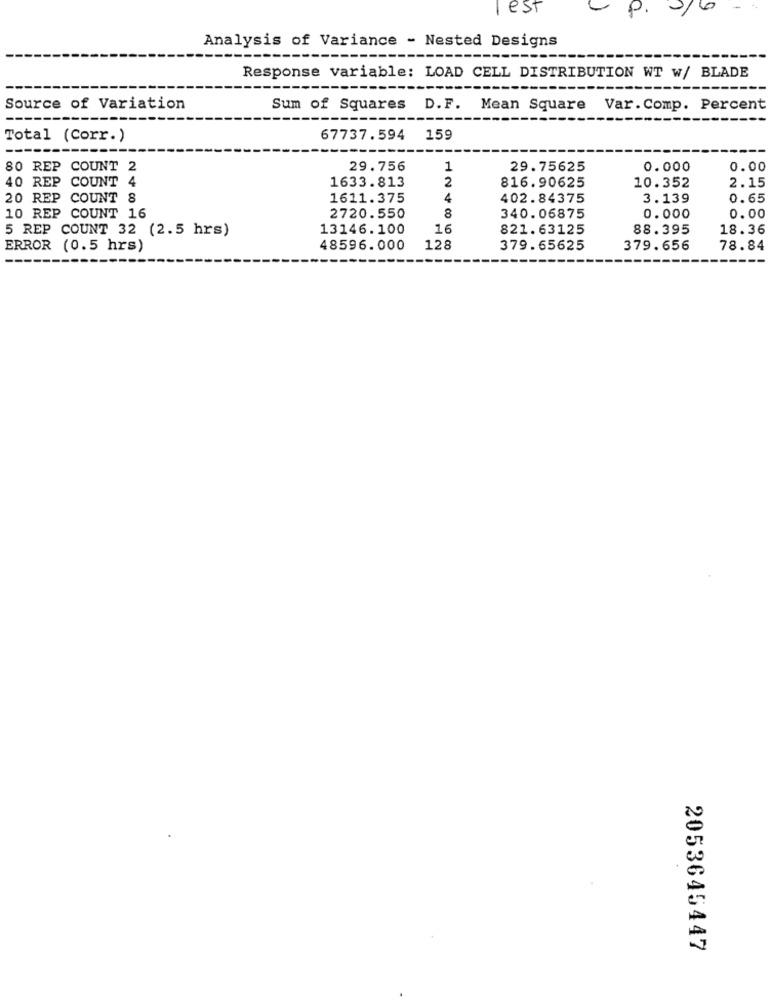
est
-
p.
-
Analysis of Variance - Nested Designs
Response variable: LOAD CELL DISTRIBUTION WT W/ BLADE
Source of Variation
Sum of Squares
D.F.
Mean Square Var. Comp. Percent
---
Total (Corr.)
67737. 594
159
80 REP COUNT 2
29.756
1
29.75625
0.000
0.00
40 REP COUNT 4
1633.813
2
2.15
816.90625
10.352
20 REP COUNT &
1611.375
4
402.84375
3.139
0.65
8
10 REP COUNT 16
2720.550
340.06875
0.000
0.00
5 REP COUNT 32 (2.5 hrs)
13146.100
16
821.63125
88.395
18.36
ERROR (0.5 hrs)
48596.000
128
379.65625
379.656
78.84
2053645447